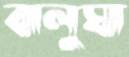
বালুঘা